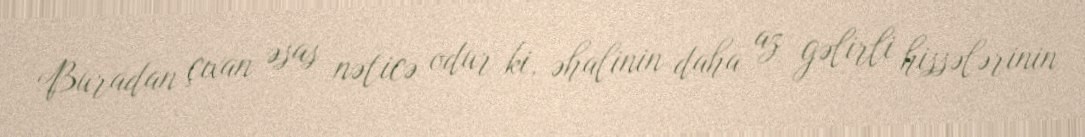
Buradan çıxan əsas nəticə odur ki, əhalinin daha az gəlirli hissələrinin